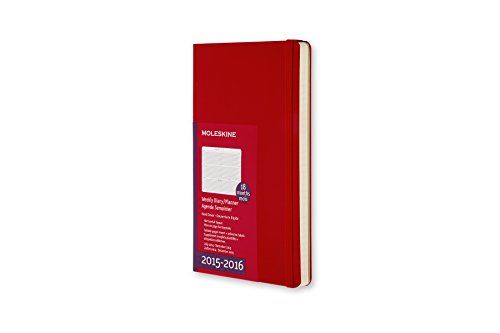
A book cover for Moleskine 2015-2016 Weekly Planner, Horizontal, 18M, Large, Scarlet Red, Hard Cover (5 x 8.25); Moleskine; Calendars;